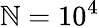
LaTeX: \mathbb{N}=10^{4}